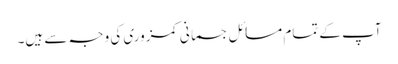
آپ کے تمام مسائل جسمانی کمزوری کی وجہ سے ہیں۔